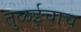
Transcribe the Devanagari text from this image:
तुळईचाच